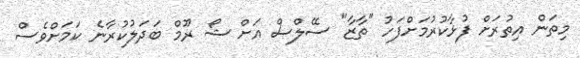
މިތަން އިތުރަށް ފުޅާކުރުމަށްފަހު "ތާޒާ" ސޭލްސް އަށް ޝޯ ރޫމް ބަދަލުކުރާނެ ކަމަށްވެސް